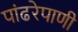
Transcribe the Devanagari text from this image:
पांढरेपाणी